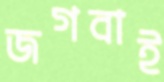
জগবাই